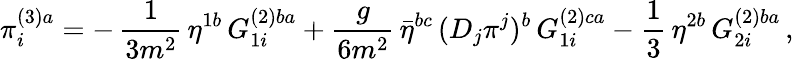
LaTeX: \pi_{i}^{(3)a}=-\, \frac{1}{3m^{2}}\, \eta^{1b}\, G_{1i}^{(2)ba}+\frac{g}{6m^{2}}\, \bar{\eta}^{bc}\, (D_{j}\pi^{j})^{b}\, G_{1i}^{(2)ca}-\frac{1}{3}\, \eta^{2b}\, G_{2i}^{(2)ba}\, ,